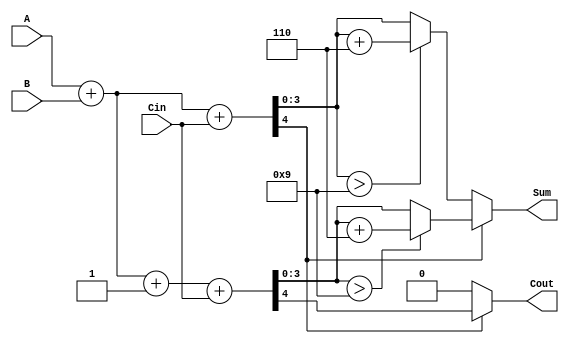
module BCD_MCSA (
    input [3:0] A,      // BCD input A
    input [3:0] B,      // BCD input B
    input Cin,          // Carry-in
    output reg [3:0] Sum, // BCD output Sum
    output reg Cout      // Carry-out
);

    wire [4:0] sum0;    // Sum for A + B + 0
    wire [4:0] sum1;    // Sum for A + B + 1
    wire carry0;        // Carry-out for sum0
    wire carry1;        // Carry-out for sum1

    // Binary addition for Path 0 (A + B + 0)
    assign sum0 = A + B + Cin;
    assign carry0 = sum0[4]; // Carry-out from Path 0

    // Binary addition for Path 1 (A + B + 1)
    assign sum1 = A + B + 1'b1 + Cin;
    assign carry1 = sum1[4]; // Carry-out from Path 1

    // BCD correction logic
    wire [3:0] corrected_sum0;
    wire [3:0] corrected_sum1;

    // Check if sum0 requires correction
    assign corrected_sum0 = (sum0[3:0] > 4'd9) ? (sum0[3:0] + 4'd6) : sum0[3:0];

    // Check if sum1 requires correction
    assign corrected_sum1 = (sum1[3:0] > 4'd9) ? (sum1[3:0] + 4'd6) : sum1[3:0];

    // MUX to select the correct sum based on carry
    always @(*) begin
        if (carry0) begin
            Sum = corrected_sum1; // Use sum1 if carry0 is true
            Cout = carry1;        // Carry-out from sum1
        end else begin
            Sum = corrected_sum0; // Use sum0 if carry0 is false
            Cout = carry0;        // Carry-out from sum0
        end
    end

endmodule